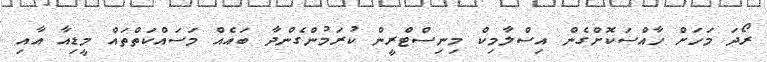
ރޯދަ މަހަށް ހާއްސަކޮށްގެން އިސްލާމިކް މިނިސްޓްރީން ކުރަމުންގެންދާ ބައެއް މަސައްކަތްތައް މީޑިއާ އާއި